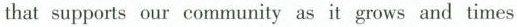
that supports our community as it grows and times